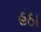
હઠા